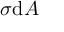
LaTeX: \sigma \mathrm { d } A